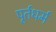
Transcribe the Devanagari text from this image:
पूर्तधर्म